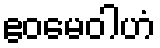
ဧဝမေဝါဟံ